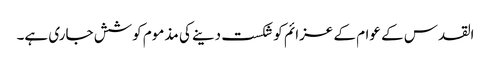
القدس کے عوام کے عزائم کو شکست دینے کی مذموم کوشش جاری ہے۔